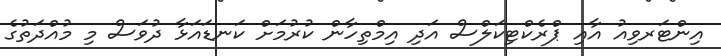
އިންޓަރވިއު އާއި ޕްރެކްޓިކަލްސް އަދި އިމްތިހާން ކުރުމަށް ކަނޑައަޅާ ދުވަސް މި މުއްދަތުގެ